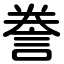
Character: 誊